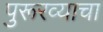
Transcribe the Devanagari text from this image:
पुरूरव्याचा